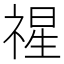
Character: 𮂇